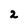
Character: 2